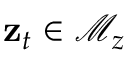
\mathbf { z } _ { t } \in \mathcal { M } _ { z }